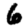
Digit: 6